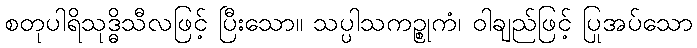
စတုပါရိသုဒ္ဓိသီလဖြင့် ပြီးသော။ သပ္ပါသကဉ္စုကံ၊ ဝါချည်ဖြင့် ပြုအပ်သော